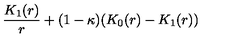
\frac { K _ { 1 } ( r ) } { r } + ( 1 - \kappa ) ( K _ { 0 } ( r ) - K _ { 1 } ( r ) )